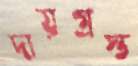
দায়গ্রস্ত